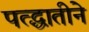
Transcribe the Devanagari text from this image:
पत्द्धातीने